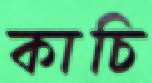
কাচি